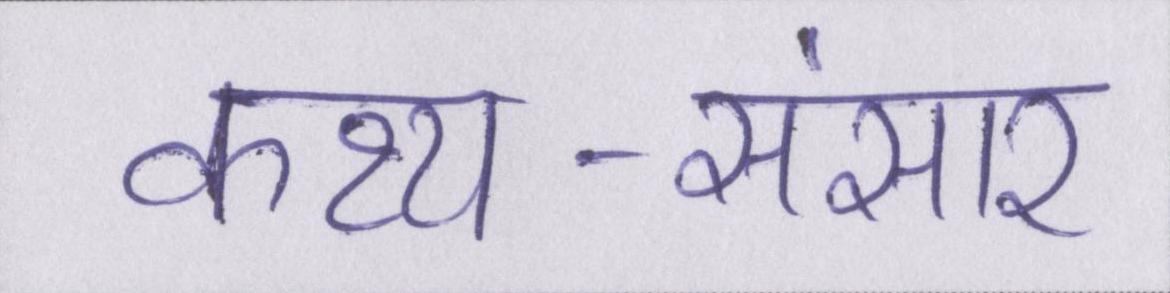
कथ्य-संसार